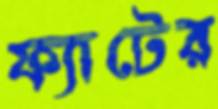
ফ্যাটের